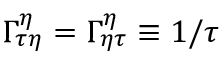
\Gamma _ { \tau \eta } ^ { \eta } = \Gamma _ { \eta \tau } ^ { \eta } \equiv 1 / \tau